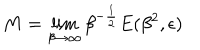
M = \lim _ { \beta \rightarrow \infty } \beta ^ { - { \frac { 1 } { 2 } } } E ( \beta ^ { 2 } , \epsilon )